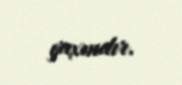
yaxındır.